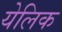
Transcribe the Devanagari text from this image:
येलिक